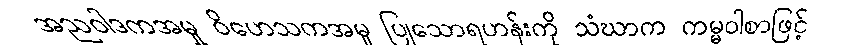
အညဝါဒကအမှု ဝိဟေသကအမှု ပြုသောရဟန်းကို သံဃာက ကမ္မဝါစာဖြင့်